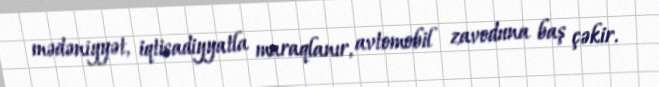
mədəniyyət, iqtisadiyyatla maraqlanır, avtomobil zavoduna baş çəkir.